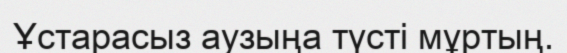
Ұстарасыз аузыңа түсті мұртың.